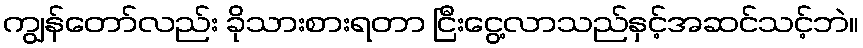
ကျွန်တော်လည်း ခိုသားစားရတာ ငြီးငွေ့လာသည်နှင့်အဆင်သင့်ဘဲ။